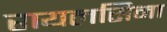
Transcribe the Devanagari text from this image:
रायलसिमा